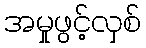
အမှုဖွင့်လှစ်